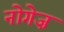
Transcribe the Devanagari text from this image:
नोगेज़